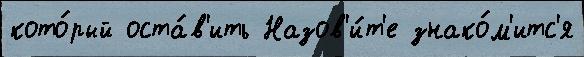
кото́рый оста́в'ить Назов'и́т'е знако́м'итс'я